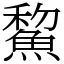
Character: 鯬